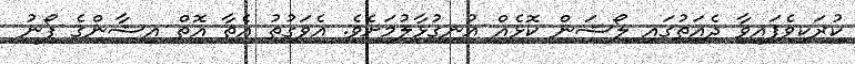
ކުރަކިވެފައިވާ ދެއަތުގައި ލޯޝަން ކޮޅެއް އުނގުޅާލުމަށެވެ. އެވަގުތު އެތާ އޮތް އިޝާންގެ ފޯނު